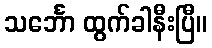
သင်္ဘော ထွက်ခါနီးပြီ။